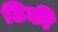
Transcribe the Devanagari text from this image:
ठिकी